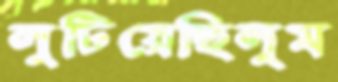
লুটিয়েছিলুম